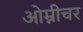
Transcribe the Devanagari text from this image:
ओम्नीचर